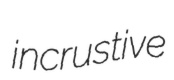
incrustive